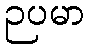
ဉပမာ